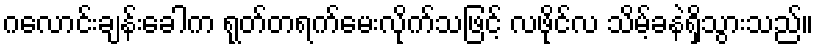
ဂလောင်းချန်းခေါက ရုတ်တရက်မေးလိုက်သဖြင့် လဖိုင်လ သိမ့်ခနဲရှိသွားသည်။